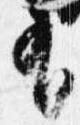
有